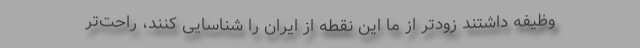
وظیفه داشتند زودتر از ما این نقطه از ایران را شناسایی کنند، راحت‌تر